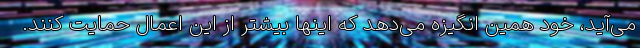
می‌آید، خود همین انگیزه می‌دهد که اینها بیشتر از این اعمال حمایت کنند.